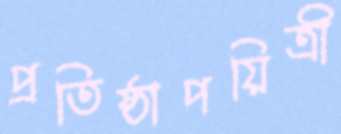
প্রতিষ্ঠাপয়িত্রী